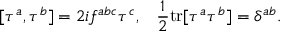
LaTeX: [ \tau ^ { a } , \tau ^ { b } ] = 2 i f ^ { a b c } \tau ^ { c } , \; \; \; \frac { 1 } { 2 } \mathrm { t r } [ \tau ^ { a } \tau ^ { b } ] = \delta ^ { a b } .